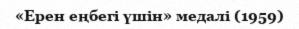
«Ерен еңбегі үшін» медалі (1959)